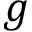
g